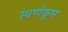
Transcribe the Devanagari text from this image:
स्वर्णफूम